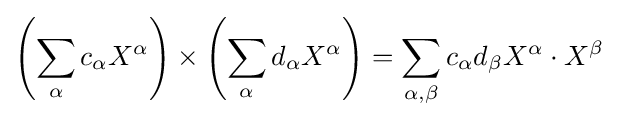
\left(\sum _{\alpha }c_{\alpha }X^{\alpha }\right)\times \left(\sum _{\alpha }d_{\alpha }X^{\alpha }\right)=\sum _{\alpha ,\beta }c_{\alpha }d_{\beta }X^{\alpha }\cdot X^{\beta }